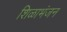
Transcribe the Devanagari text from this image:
शिळाभंजन